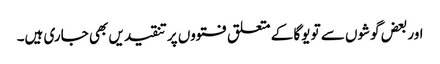
اور بعض گوشوں سے تو یوگا کے متعلق فتووں پر تنقیدیں بھی جاری ہیں۔